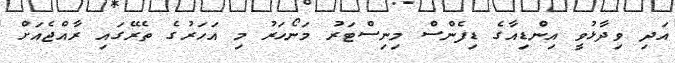
އަދި ވިދާޅުވީ އިންޑިއާގެ ޑިފެންސް މިނިސްޓަރު މަނޯހަރު މި އަހަރުގެ ތެރޭގައި ރާއްޖެއަށް